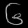
Digit: ၆